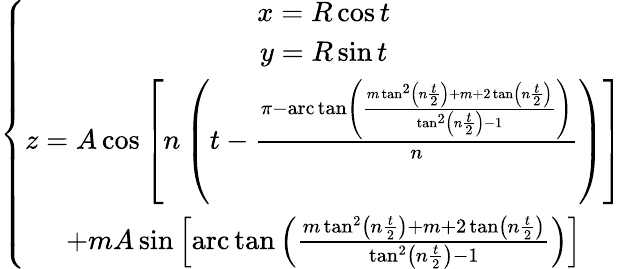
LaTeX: \left\{ \begin{array}{c}{x=R\cos t}\\ {y=R\sin t}\\ {z=A\cos\left[n\left(t-\frac{\pi-\mathrm{arc}\tan\left(\frac{m\tan^{2}\left(n\frac{t}{2}\right)+m+2\tan\left(n\frac{t}{2}\right)}{\tan^{2}\left(n\frac{t}{2}\right)-1}\right)}{n}\right)\right]}\\ {+mA\sin\left[\mathrm{arc}\tan\left(\frac{m\tan^{2}\left(n\frac{t}{2}\right)+m+2\tan\left(n\frac{t}{2}\right)}{\tan^{2}\left(n\frac{t}{2}\right)-1}\right)\right]}\end{array}\right.